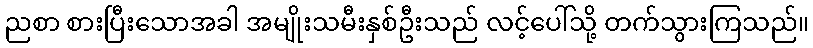
ညစာ စားပြီးသောအခါ အမျိုးသမီးနှစ်ဦးသည် လင့်ပေါ်သို့ တက်သွားကြသည်။